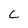
Character: c